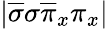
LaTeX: |\overline{{\sigma}}\sigma\overline{{\pi}}_{x}\pi_{x}|